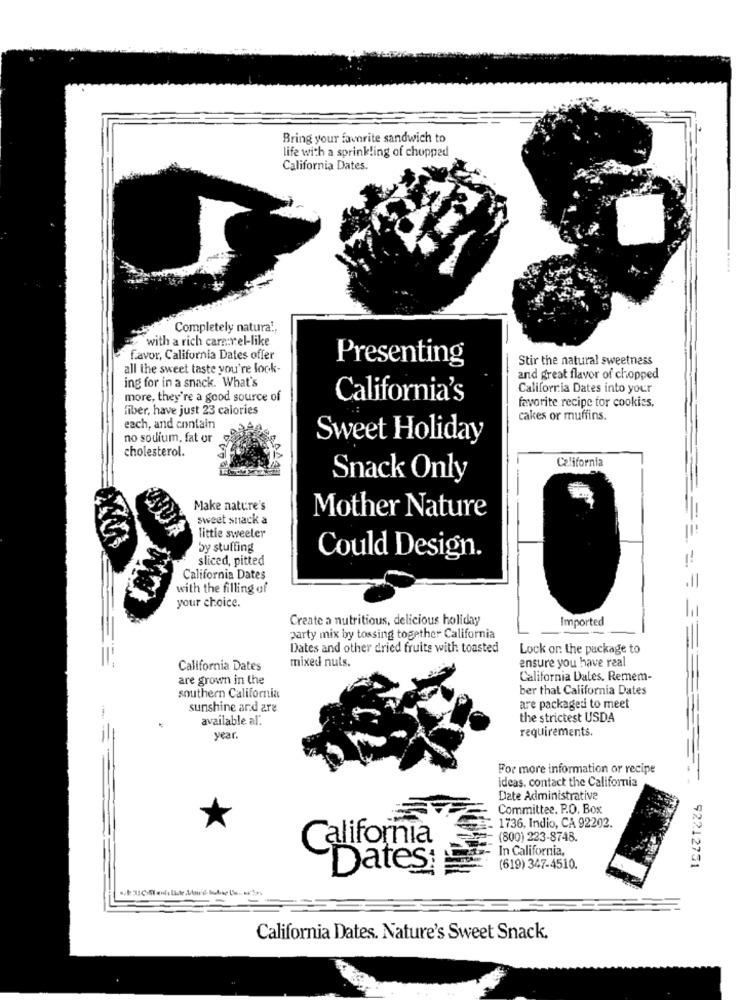
Bring your favorite sandwich to
life with a sprinkling of chopped
California Dates.
Completely natura !,
`with a rich care: el-like
favor, California Dates offer
Presenting
Stir the natural sweetness
all the sweet taste you're look-
ing for in a snack. What's
and great flavor of chopped
California Dates into your
more, they're a good source of
California's
favorite recipe for cookies,
fiber, have just 23 calories
cakes or muffins.
each, and contain
no sodium, fat or
Sweet Holiday
cholesterol.
California
Snack Only
Make nature's
sweet snack a
Mother Nature
little sweeter
by stuffing
sliced, pitted
Could Design.
California Dates
with the filling of
your choice.
Create a nutritious, delicious holiday
Imported
party mix by tossing together California
Dates and other dried fruits with toasted
Lock on the package to
ensure you have real
California Dates
mixed nuts.
are grown in the
California Dales. Remem-
ber that California Dates
southern California
sunshine and are
are packageri to meet
available al.
the strictest USDA
requirements.
year.
For more information or recipe
ideas. contact the California
======..
Date Administrative
Committee. P.O. Box
1736, Indio, CA 92202.
California
(800) 223-8748.
In California
Dates:
(619) 347-4510.
92212751
California Dates. Nature's Sweet Snack.